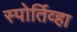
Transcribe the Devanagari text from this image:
स्पोर्तिव्हा